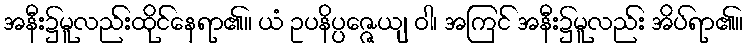
အနီး၌မူလည်းထိုင်နေရာ၏။ ယံ ဥပနိပ္ပဇ္ဇေယျ ဝါ၊ အကြင် အနီး၌မူလည်း အိပ်ရာ၏။